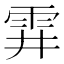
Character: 䨍